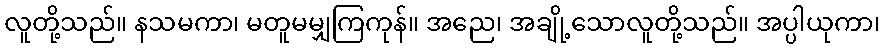
လူတို့သည်။ နသမကာ၊ မတူမမျှကြကုန်။ အညေ၊ အချို့သောလူတို့သည်။ အပ္ပါယုကာ၊